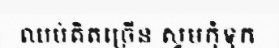
ឈប់គិតច្រើន សូមកុំទុក